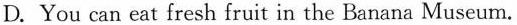
D. You can eat fresh fruit in the Banana Museum.